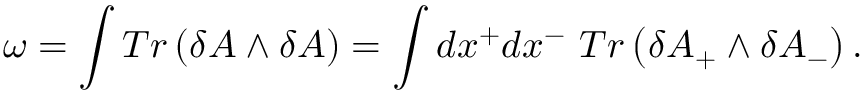
\omega = \int T r \left( \delta A \wedge \delta A \right) = \int d x ^ { + } d x ^ { - } ~ T r \left( \delta A _ { + } \wedge \delta A _ { - } \right) .